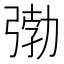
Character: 𭚺